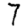
Digit: 7